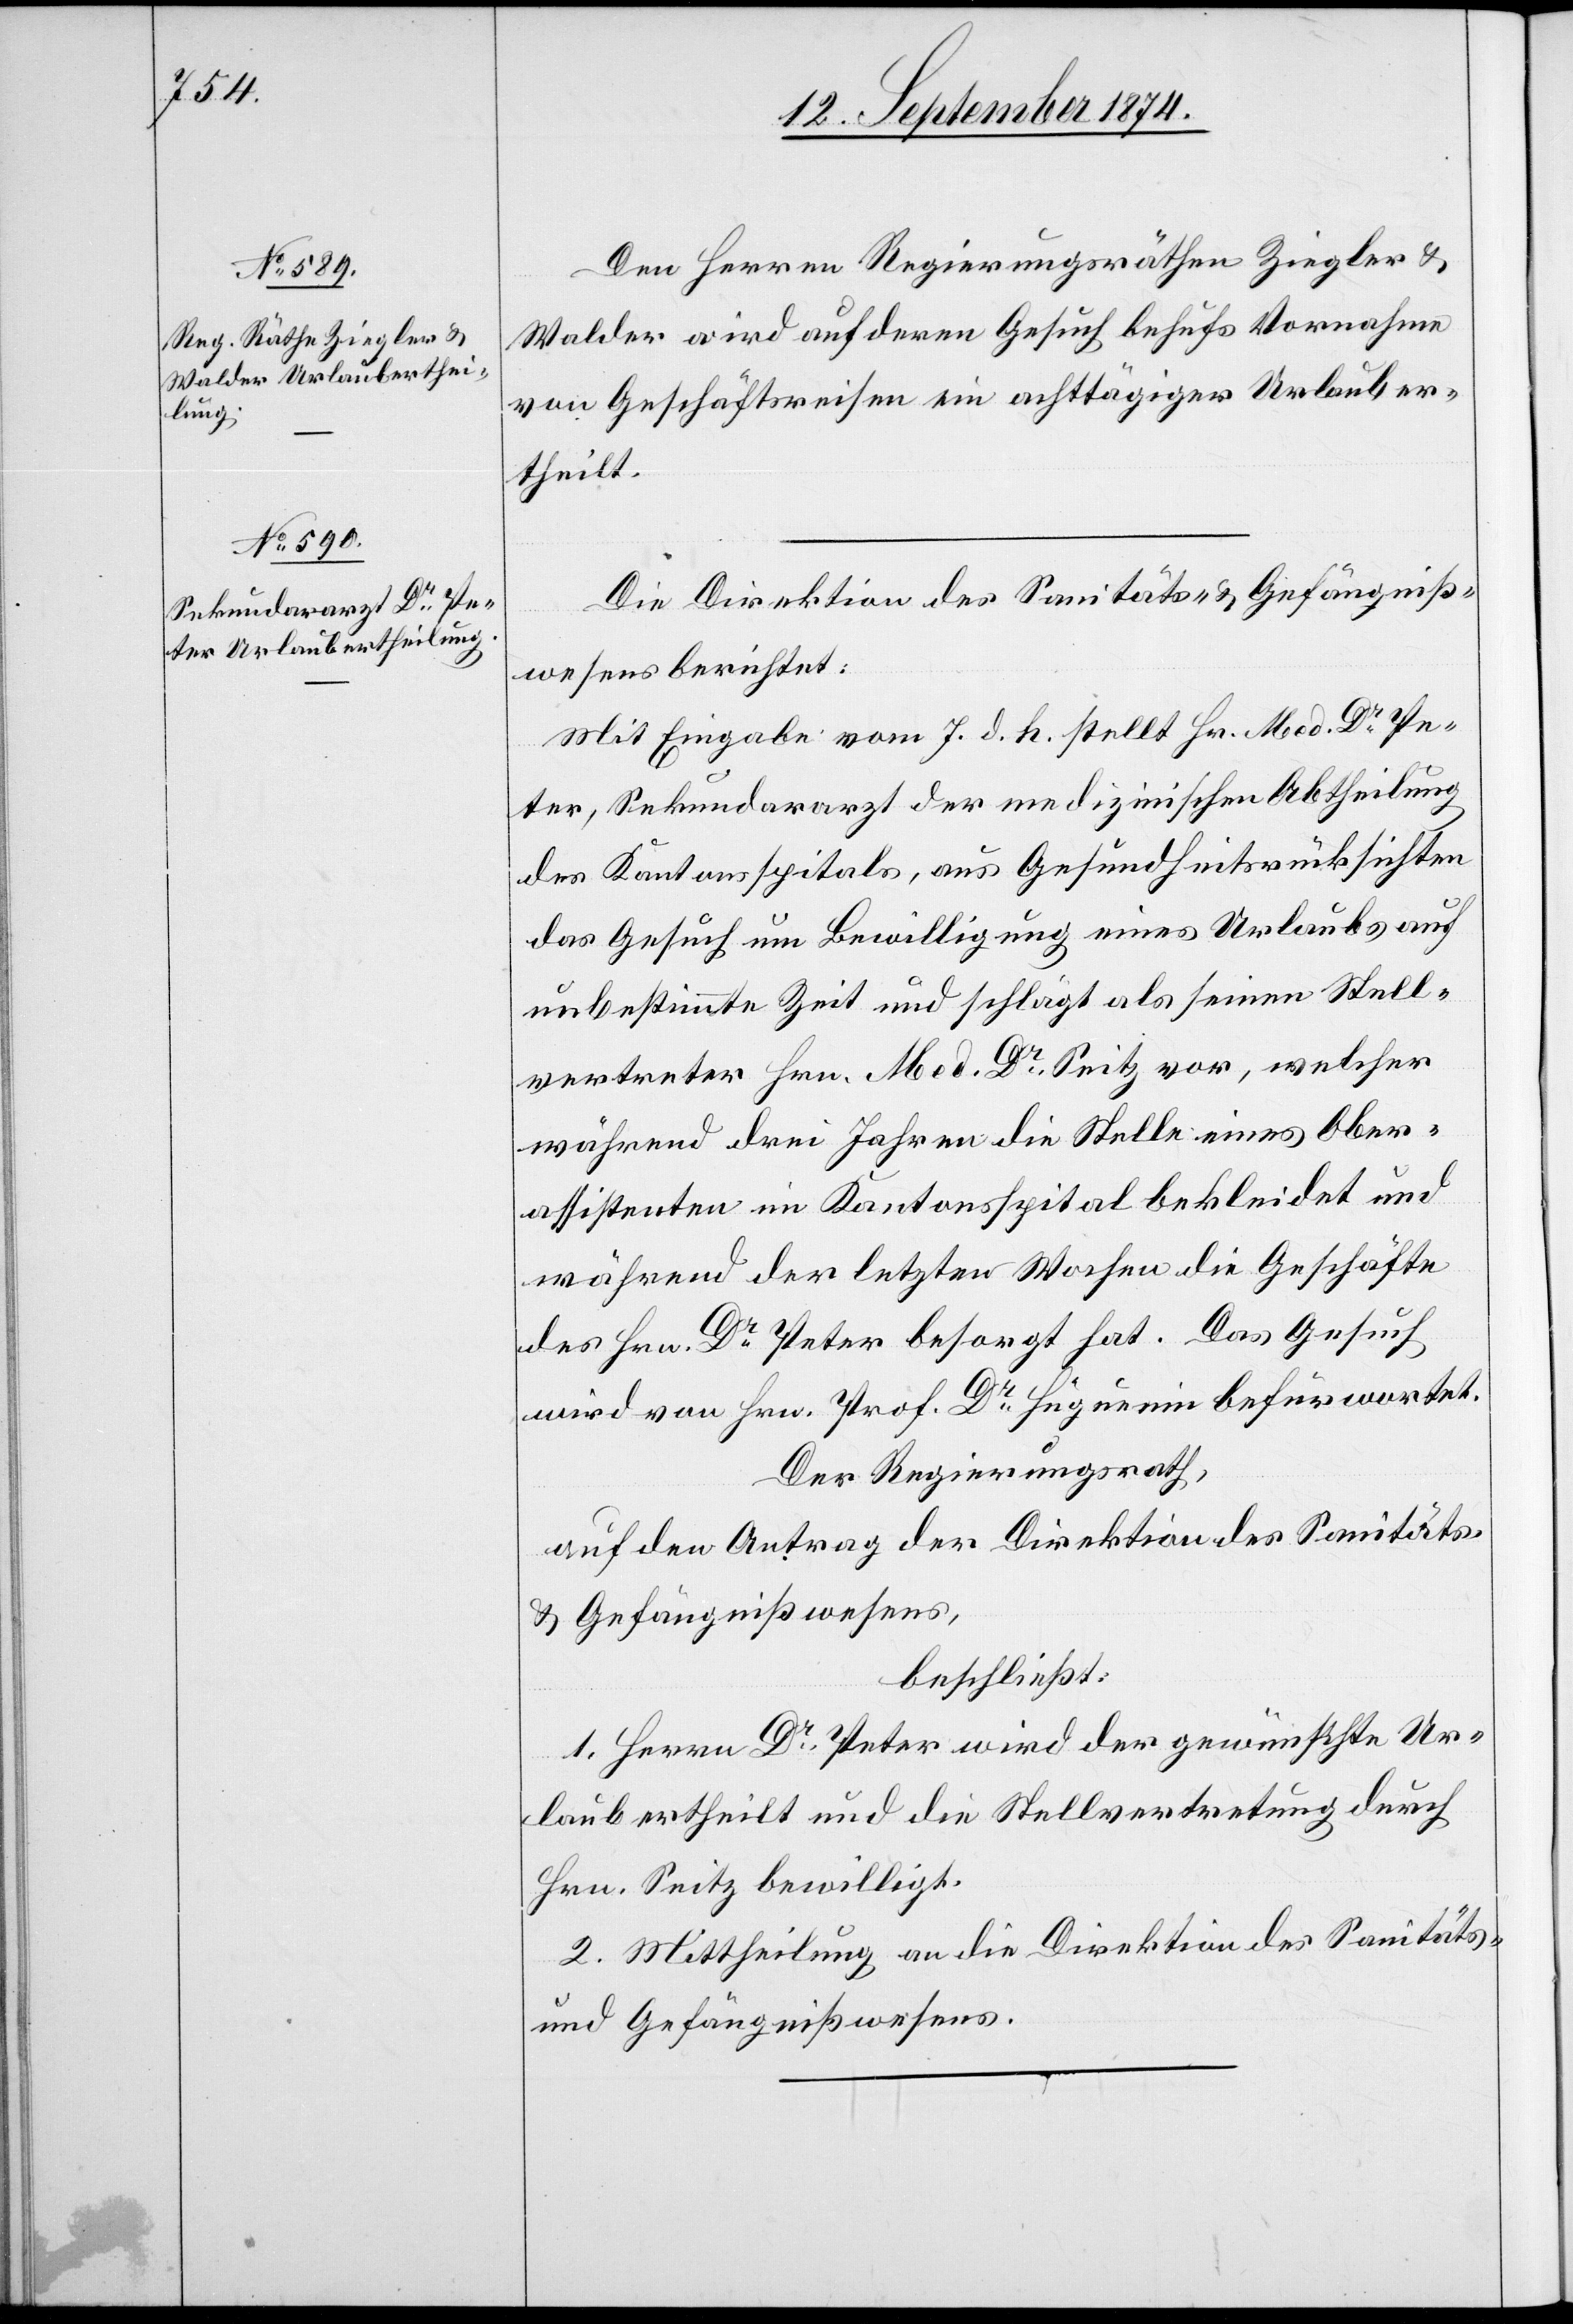
Den Herren Regierungsräthen Ziegler &
Walder wird auf deren Gesuch behufs Vornahme
von Geschäftsreisen ein achttägiger Urlaub er¬
theilt.
Die Direktion des Sanitäts- & Gefängniß¬
wesens berichtet:
Mit Eingabe vom 7. d. h. stellt Hr. Med. Dr Pe¬
ter, Sekundararzt der medizinischen Abtheilung
des Kantonsspitals, aus Gesundheitsrücksichten
das Gesuch um Bewilligung eines Urlaubs auf
unbestimmte Zeit und schlägt als seinen Stell¬
vertreter Hrn. Med. Dr Seitz vor, welcher
während drei Jahren die Stelle eine Ober¬
assistenten im Kantonsspital bekleidet und
während der letzten Wochen die Geschäfte
des Hrn. Dr Peter besorgt hat. Das Gesuch
wird von Hrn. Prof. Dr Hüguenin befürwortet.
Der Regierungsrath,
auf den Antrag der Direktion des Sanitäts-
& Gefängnißwesens,
beschließt:
1. Herrn Dr Peter wird der gewünschte Ur¬
laub ertheilt und die Stellvertretung durch
Hrn. Seitz bewilligt.
2. Mittheilung an die Direktion des Sanitäts-
und Gefängnißwesens.